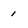
Character: 1